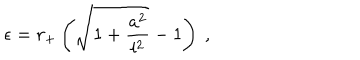
LaTeX: \epsilon = r _ { + } \left( \sqrt { 1 + \frac { a ^ { 2 } } { l ^ { 2 } } } - 1 \right) ~ ,